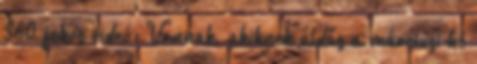
360 fokos videó: Vannak, akiknek áldás a márciusi hó